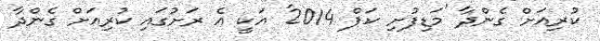
ކުރިއަށް ގެންދާ 'މަޑިފުށި ކަޕް 2014' އަކީ އެ ރަށުގައި ކުރިއަށް ގެންދާ